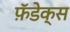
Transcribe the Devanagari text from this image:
फ़ॅडेक्स